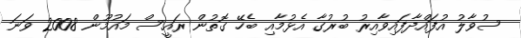
ސުވާލު އުފައްދާފައިވާއިރު ބުރުގާ އެޅުމާއި ބެހޭ ގޮތުން ރައީސް މައުމޫން 2008 ވަނަ